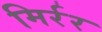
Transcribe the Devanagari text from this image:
मिर्रर